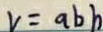
v = a b h